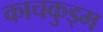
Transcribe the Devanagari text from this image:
काचकुड्म